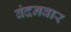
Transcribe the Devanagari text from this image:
वंदनवार